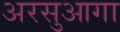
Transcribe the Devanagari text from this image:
अरसुआगा